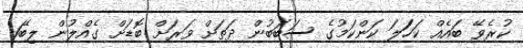
ކުރެވޭ ބައެއް ކަހަަލަ ކަންކަމުގެ ސަބަބުން ދަތަށް ވަރަށް ބޮޑަށް ގެއްލުން ލިބޭ1